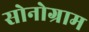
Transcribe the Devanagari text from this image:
सोनोग्राम